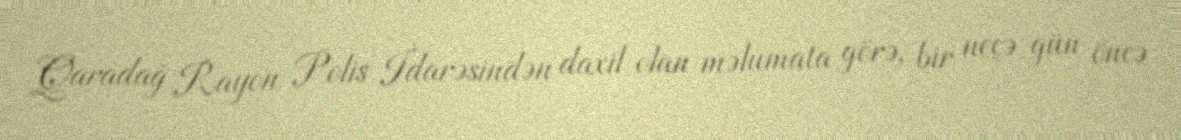
Qaradağ Rayon Polis İdarəsindən daxil olan məlumata görə, bir neçə gün öncə